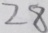
2 8